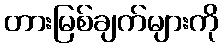
တားမြစ်ချက်များကို